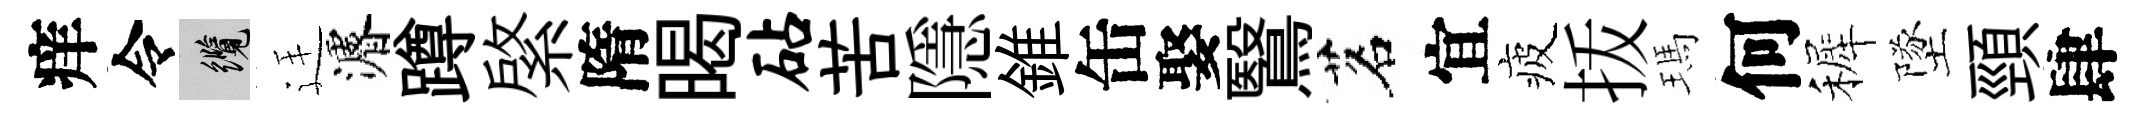
痒令纜廷濬蹲綮隋暍砧苦隱錐缶娶鷖茗宜疲㧞瑪何裤墜頸肆